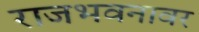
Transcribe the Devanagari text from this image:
राजभवनावर